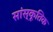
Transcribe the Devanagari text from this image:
सांस्कूतिक